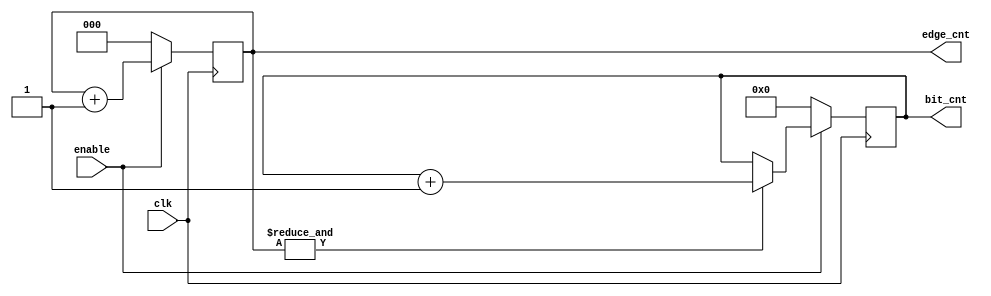
module edge_bit_counter (
input wire               clk    ,
input wire               enable ,
output reg [3:0]         bit_cnt, // to count up to 11 
//output reg              cnt_op_valid , 
output reg  [2:0]          edge_cnt 
);



//RTL
always @(posedge clk ) begin
    if (!enable) begin
        edge_cnt <= 3'b0 ;
    end else begin
        edge_cnt <= edge_cnt + 3'b1 ;
    end
end

always @(posedge clk ) begin
    if (!enable) begin
        bit_cnt <= 4'b0 ;
    end
    else if (& edge_cnt) begin
        bit_cnt <=  bit_cnt + 4'b1 ;
    end else  begin
         bit_cnt <=  bit_cnt ;
    end
end

/*always @(*) begin
    if (enable && ~|edge_cnt) begin
        cnt_op_valid = 1'b1 ;
    end else begin
        cnt_op_valid = 1'b0 ;
    end
end
*/


endmodule